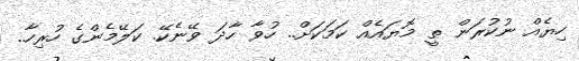
ހިޔެއް ނުކުރަން ތީ މޮޔައެއް ކަމަކަށް.. ހުވާ ހާދަ ވޭނެކޭ. ކަލޭމެންގެ ހުރިހާ..